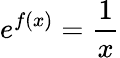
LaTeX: e^{f(x)}={\frac{1}{x}}